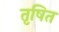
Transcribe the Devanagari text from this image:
तृषित